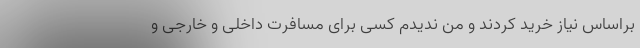
براساس نیاز خرید کردند و من ندیدم کسی برای مسافرت داخلی و خارجی و